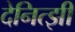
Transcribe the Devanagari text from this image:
देनित्झी